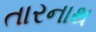
તારનાથ